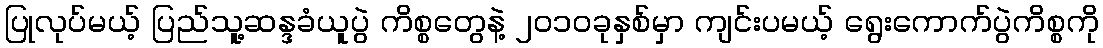
ပြုလုပ်မယ့် ပြည်သူ့ဆန္ဒခံယူပွဲ ကိစ္စတွေနဲ့ ၂၀၁၀ခုနှစ်မှာ ကျင်းပမယ့် ရွေးကောက်ပွဲကိစ္စကို